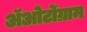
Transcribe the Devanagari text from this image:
अॅओर्टोग्राम